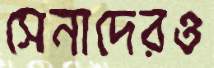
সেনাদেরও